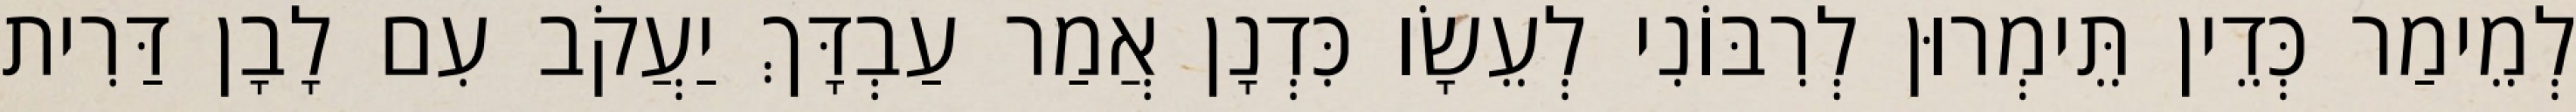
לְמֵימַר כְּדֵין תֵּימְרוּן לְרִבּוֹנִי לְעֵשָׂו כִּדְנָן אֲמַר עַבְדָּךְ יַעֲקֹב עִם לָבָן דַּרִית